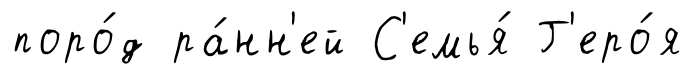
поро́д ра́нн'ей С'емья́ Г'еро́я